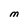
Character: M